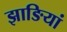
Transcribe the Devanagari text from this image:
झाङियां